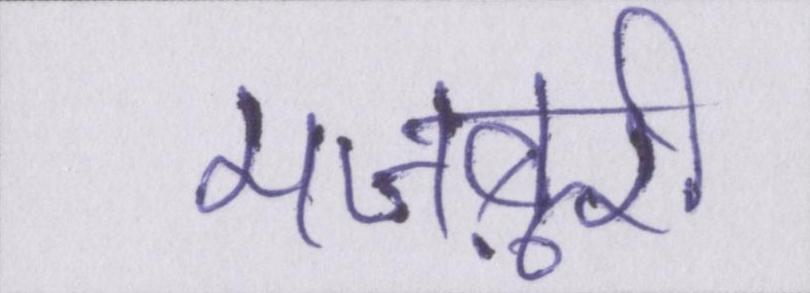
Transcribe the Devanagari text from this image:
मजबूरी